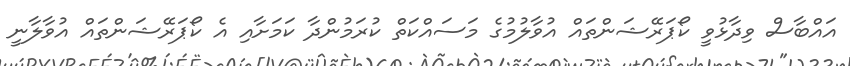
އައްބާސް ވިދާޅުވީ ކޯޕަރޭޝަންތައް އުވާލުމުގެ މަސައްކަތް ކުރަމުންދާ ކަމަށާއި އެ ކޯޕަރޭޝަންތައް އުވާލާނީ